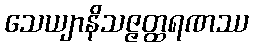
သေယျာနိသဇ္ဇတ္ထရဏဿ